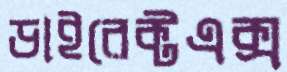
ডাইরেক্টএক্স